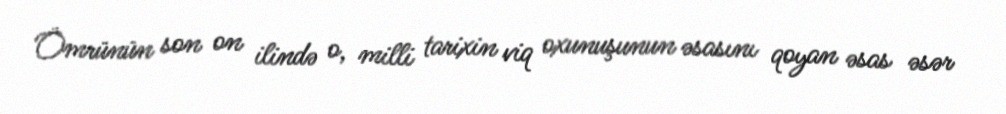
Ömrünün son on ilində o, milli tarixin viq oxunuşunun əsasını qoyan əsas əsər